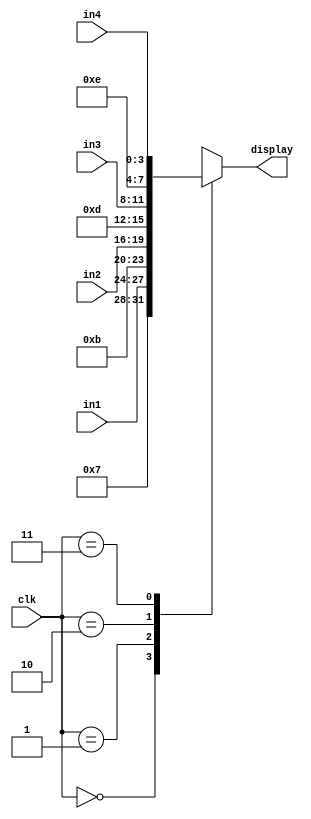
module FTSD_scan(
	in1,
	in2,
	in3,
	in4,
	clk,
	display
);

	//Inputs Defs
	input [3:0]in1,in2,in3,in4;
	input [1:0]clk;
	output reg [7:0]display;
	
always @*
	begin
	case(clk)
		2'b00: display={4'b0111,in1};
		2'b01: display={4'b1011,in2};
		2'b10: display={4'b1101,in3};
		2'b11: display={4'b1110,in4};
		default: display={8'b1111_1111};
	endcase
	end		

endmodule